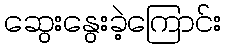
ဆွေးနွေးခဲ့ကြောင်း